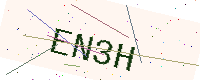
Text: EN3H